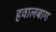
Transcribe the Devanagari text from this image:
हवालबाग